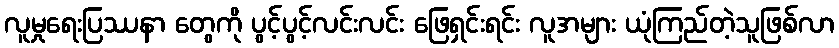
လူမှုရေးပြဿနာ တွေကို ပွင့်ပွင့်လင်းလင်း ဖြေရှင်းရင်း လူအများ ယုံကြည်တဲ့သူဖြစ်လာ